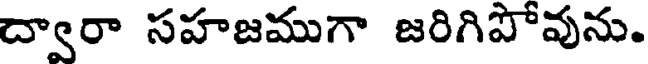
ద్వారా సహజముగా జరిగిపోవును.